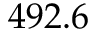
4 9 2 . 6